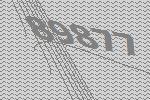
89877